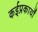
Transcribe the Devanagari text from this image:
कईप्रकार्यों